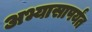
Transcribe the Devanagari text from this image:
अभ्यासापर्यंत